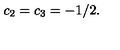
c _ { 2 } = c _ { 3 } = - 1 / 2 .